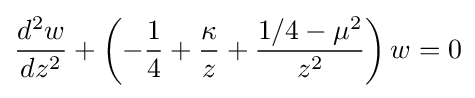
{\frac {d^{2}w}{dz^{2}}}+\left(-{\frac {1}{4}}+{\frac {\kappa }{z}}+{\frac {1/4-\mu ^{2}}{z^{2}}}\right)w=0